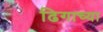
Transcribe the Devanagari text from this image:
ढिगाच्या